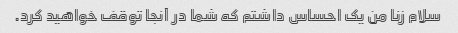
سلام زنا من یک احساس داشتم که شما در آنجا توقف خواهید کرد.